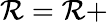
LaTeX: \mathcal{R}=\mathcal{R}+